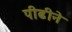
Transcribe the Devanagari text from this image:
पीढीने